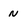
Character: n